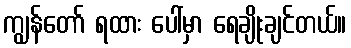
ကျွန်တော် ရထား ပေါ်မှာ ရေချိုးချင်တယ်။